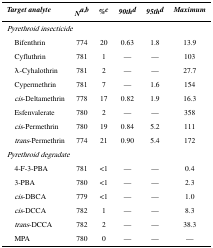
<table><thead><tr><td><b><i>Target analyte</i></b></td><td><b><i>N</i><sup>a,b</sup></b></td><td><b><i>%</i><sup>c</sup></b></td><td><b><i>90th</i><sup>d</sup></b></td><td><b><i>95th</i><sup>d</sup></b></td><td><b><i>Maximum</i></b></td></tr></thead><tbody><tr><td colspan="6"><i>Pyrethroid insecticide</i></td></tr><tr><td> Bifenthrin</td><td>774</td><td>20</td><td>0.63</td><td>1.8</td><td>13.9</td></tr><tr><td> Cyfluthrin</td><td>781</td><td>1</td><td>—</td><td>—</td><td>103</td></tr><tr><td> λ-Cyhalothrin</td><td>781</td><td>2</td><td>—</td><td>—</td><td>27.7</td></tr><tr><td> Cypermethrin</td><td>781</td><td>7</td><td>—</td><td>1.6</td><td>154</td></tr><tr><td> <i>cis</i>-Deltamethrin</td><td>778</td><td>17</td><td>0.82</td><td>1.9</td><td>16.3</td></tr><tr><td> Esfenvalerate</td><td>780</td><td>2</td><td>—</td><td>—</td><td>358</td></tr><tr><td> <i>cis</i>-Permethrin</td><td>780</td><td>19</td><td>0.84</td><td>5.2</td><td>111</td></tr><tr><td> <i>trans</i>-Permethrin</td><td>774</td><td>21</td><td>0.90</td><td>5.4</td><td>172</td></tr><tr><td colspan="6"><i>Pyrethroid degradate</i></td></tr><tr><td> 4-F-3-PBA</td><td>781</td><td>&lt;1</td><td>—</td><td>—</td><td>0.4</td></tr><tr><td> 3-PBA</td><td>780</td><td>&lt;1</td><td>—</td><td>—</td><td>2.3</td></tr><tr><td> <i>cis</i>-DBCA</td><td>779</td><td>&lt;1</td><td>—</td><td>—</td><td>1.0</td></tr><tr><td> <i>cis</i>-DCCA</td><td>782</td><td>1</td><td>—</td><td>—</td><td>8.3</td></tr><tr><td> <i>trans</i>-DCCA</td><td>782</td><td>2</td><td>—</td><td>—</td><td>38.3</td></tr><tr><td> MPA</td><td>780</td><td>0</td><td>—</td><td>—</td><td>—</td></tr></tbody></table>